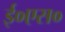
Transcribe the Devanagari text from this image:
ई०एस०